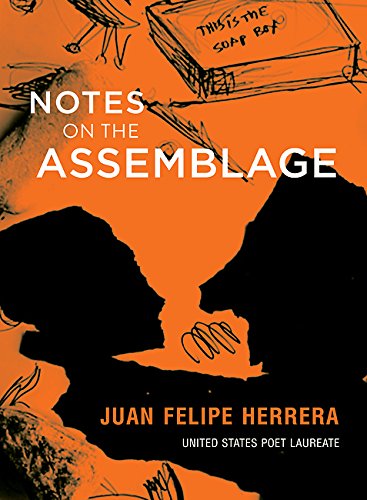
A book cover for Notes on the Assemblage; Juan Felipe Herrera; Literature & Fiction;